Annual report of the Punjab Veterinary College and of the Civil Veterinary Department, Punjab - 1909-1919
Year: 1909
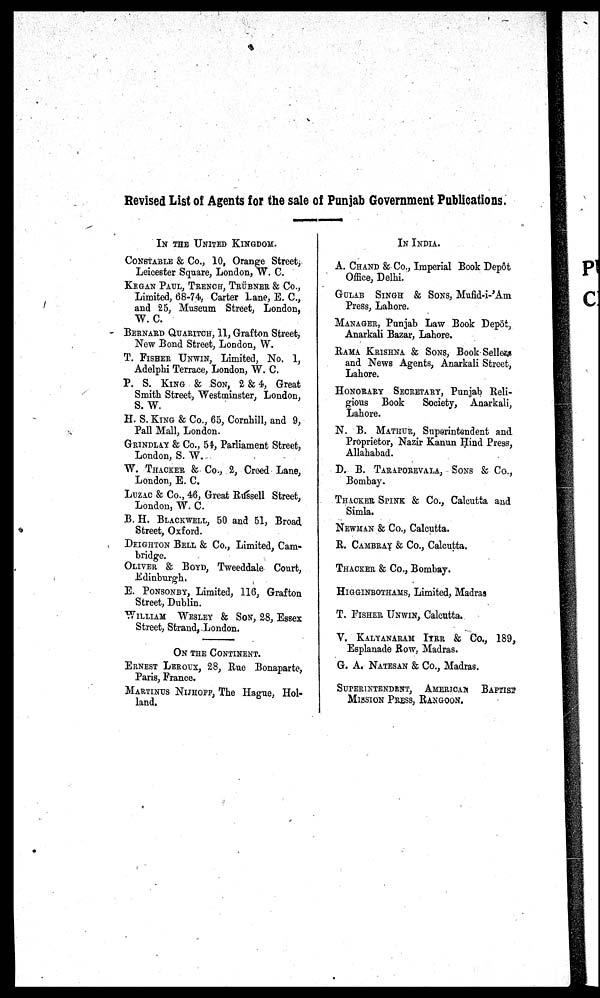
Revised List of Agents for the sale of Punjab Government Publications.
IN THE UNITED KINGDOM.
CONSTABLE & Co., 10, Orange Street,
Leicester Square, London, W. C.
KRGAN PAUL, TRENCH, TRÜBNER & Co.,
Limited, 68-74, Carter Lane, E. C.,
and 25, Museum Street, London,
W. C.
BERNARD QUARITCH, 11, Grafton Street,
New Bond Street, London, W.
T. FISHER UNWIN, Limited, No. 1,
Adelphi Terrace, London, W. C.
P. S. KING & SON, 2 & 4, Great
Smith Street, Westminster, London,
S. W.
H. S. KING & Co., 65, Cornhill, and 9,
Pall Mall, London.
GRINDLAY & Co., 54, Parliament Street,
London, S. W.
W. THACKER & Co., 2, Croed Lane,
London, E. C.
LUZAC & Co., 46, Great Russell Street,
London, W. C.
B. H. BLACKWELL, 50 and 51, Broad
Street, Oxford.
DEIGHTON BELL & Co., Limited, Cam-
bridge.
OLIVER & BOYD, Tweeddale Court,
Edinburgh.
E. PONSONBY, Limited, 116, Grafton
Street, Dublin.
WILLIAM WESLEY & SON, 28, Essex
Street, Strand, London.
ON THE CONTINENT.
ERNEST LEROUX, 28, Rue Bonaparte,
Paris, France.
MARTINUS NIJHOFF, The Hague, Hol-
land.
IN INDIA.
A. CHAND & Co., Imperial Book Depot
Office, Delhi.
GULAB SINGH & SONS, Mufid-i-Am
Press, Lahore.
MANAGER, Punjab Law Book Depot,
Anarkali Bazar, Lahore.
RAMA KRISHNA & SONS, Book Sellers
and News Agents, Anarkali Street,
Lahore.
HONORARY SECRETARY, Punjab Reli-
gious Book
Society, Anarkali,
Lahore.
N. B. MATHUR, Superintendent and
Proprietor, Nazir Kanun Hind Press,
Allahabad.
D. B. TARAPOREVALA, SONS & Co.,
Bombay.
THACKER SPINK & Co., Calcutta and
Simla.
NEWMAN & Co., Calcutta.
R. CAMBRAY & Co., Calcutta.
THACKER & Co., Bombay.
HIGGINBOTHAMS, Limited, Madras
T. FISHER UNWIN, Calcutta.
V. KALYANARAM IYRR & Co., 189,
Esplanade Row, Madras.
G. A. NATESAN & Co., Madras.
SUPERINTENDENT, AMERICAN BAPTIST
MISSION PRESS, RANGOON.